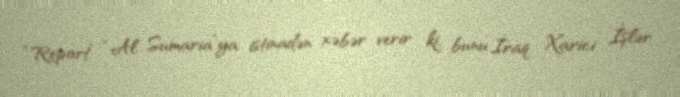
“Report” “Al Sumaria”ya istinadən xəbər verir ki, bunu İraq Xarici İşlər